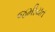
જમીયત